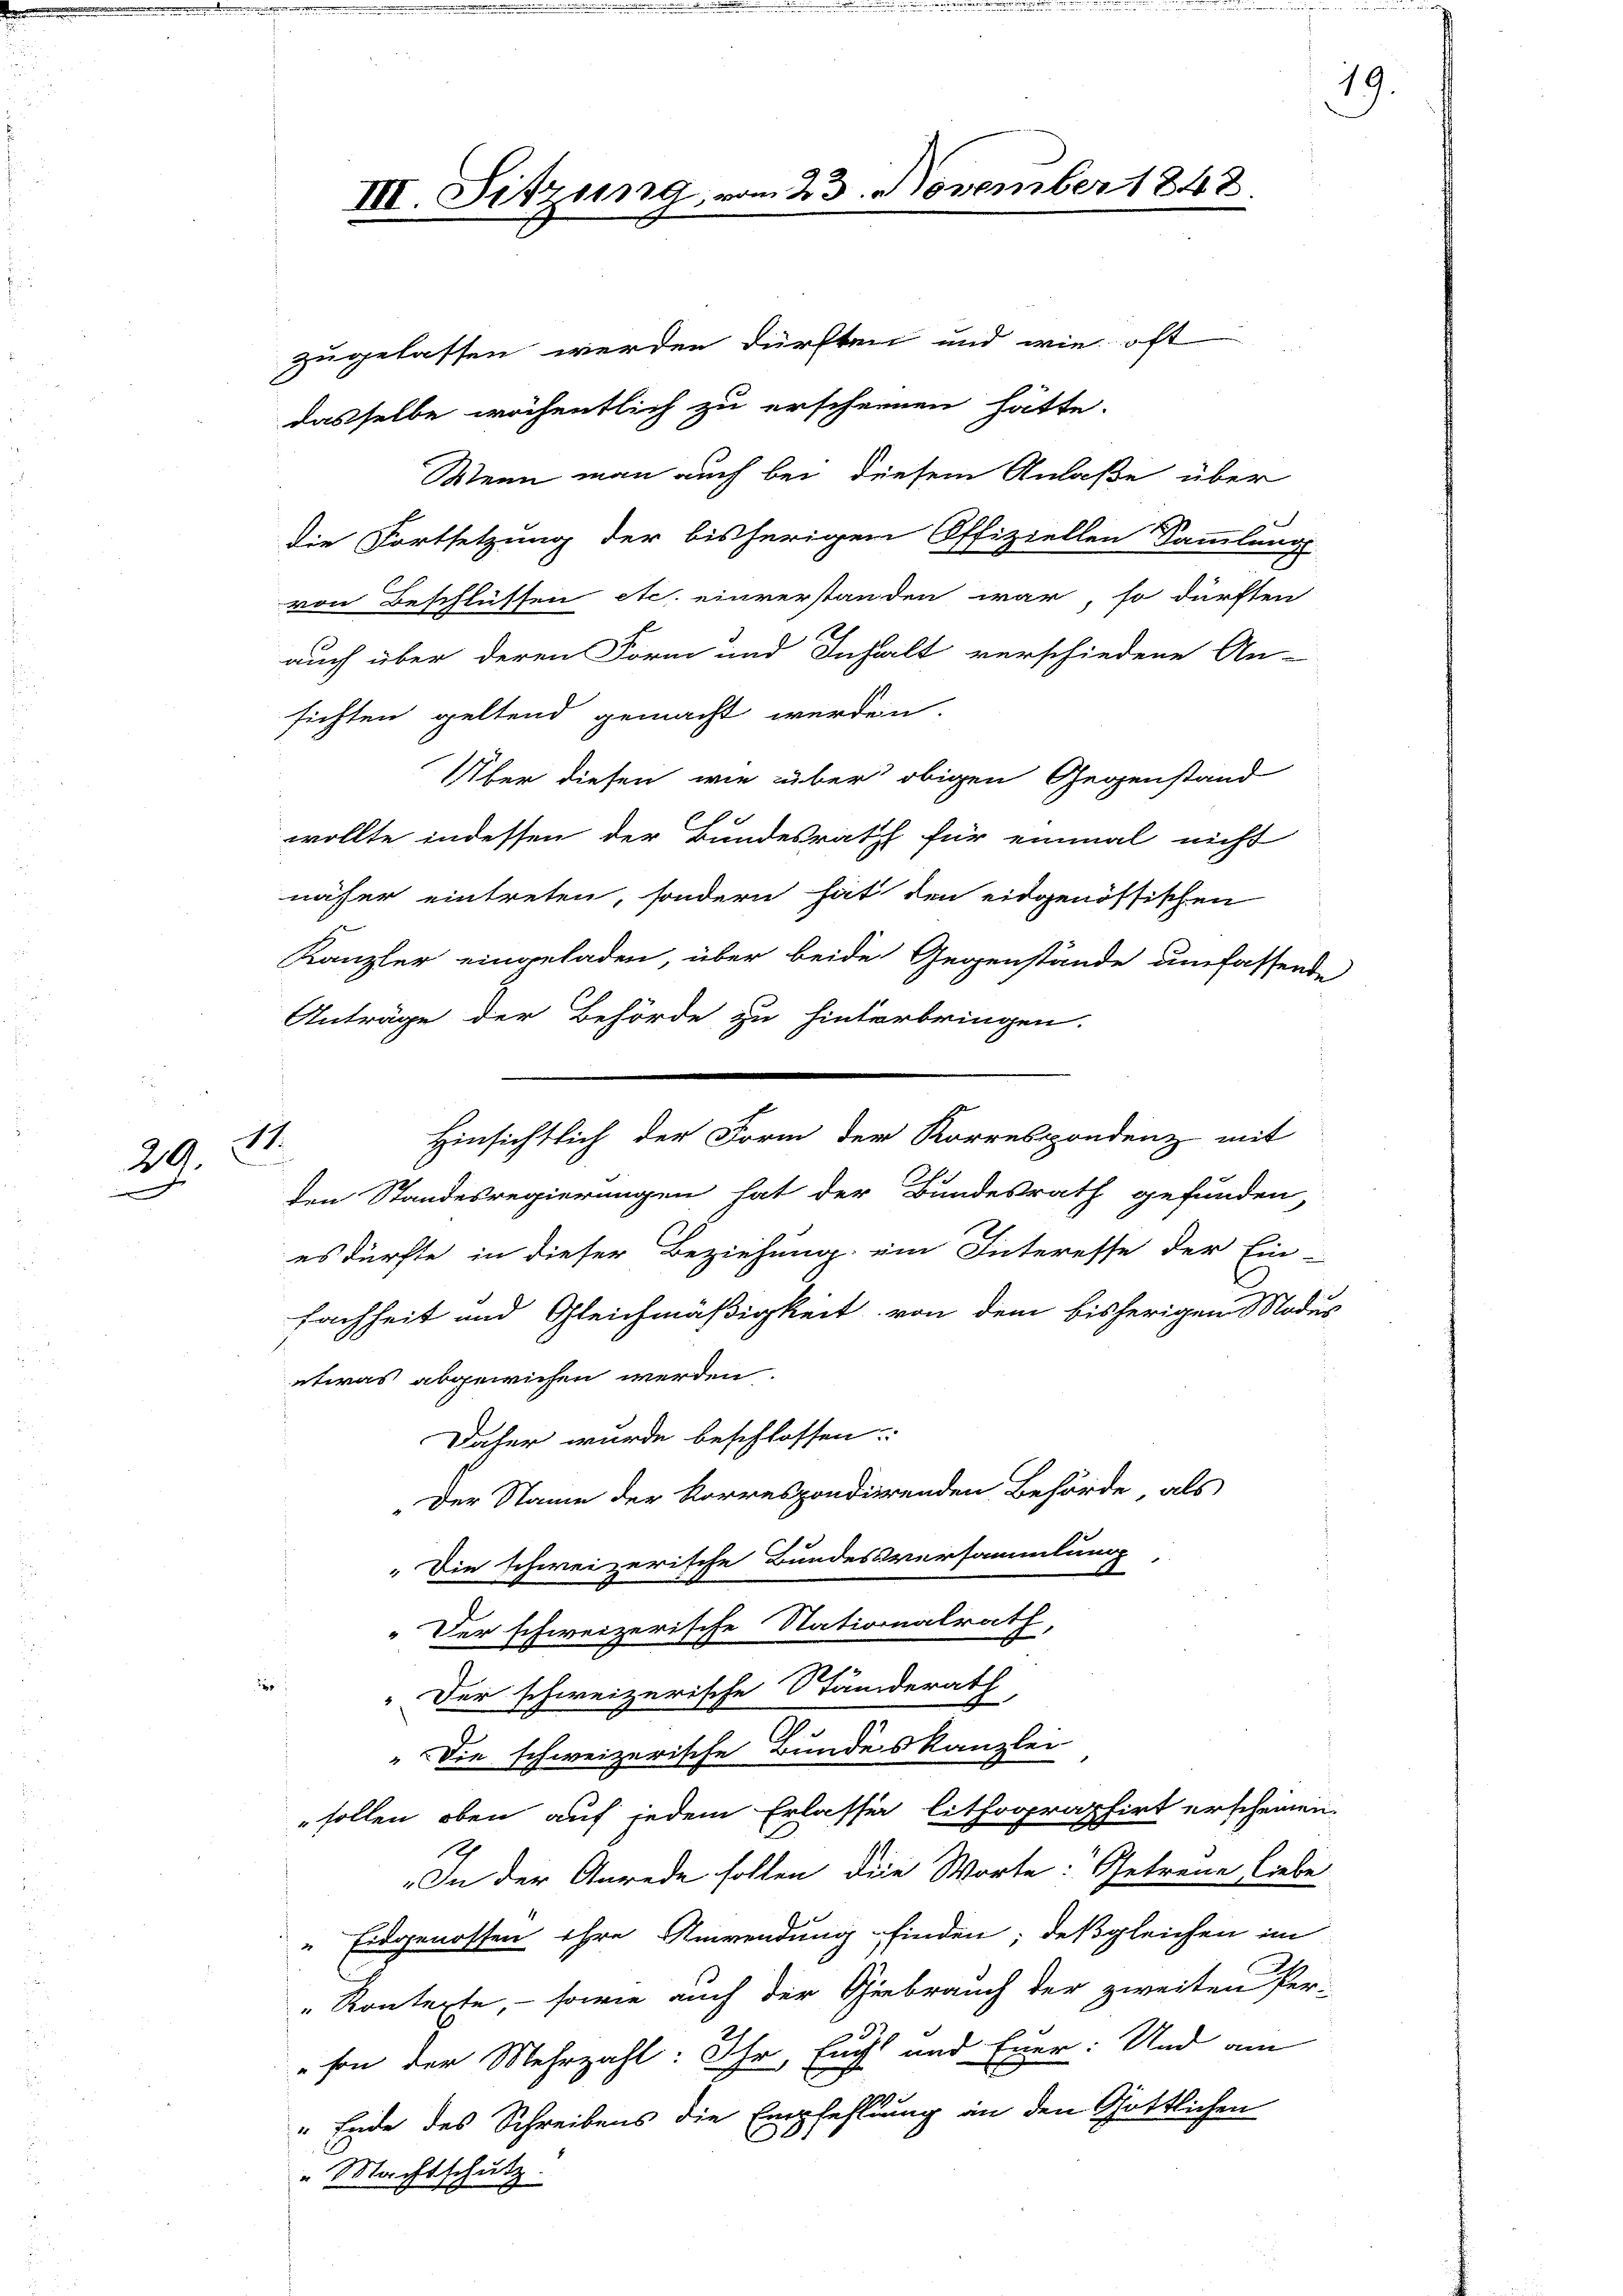
29.

zugelassen werden dürften und wie oft

14.

dasselbe wöchentlich zu erscheinen hätte.
Wenn man auch bei diesem Anlaße über
die Fortsetzung der bisherigen Offiziellen Sammlung
von Beschlüssen etc. einverstanden war, so dürften
auch über deren Form und Inhalt verschiedene An-
sichten geltend gemacht werden.
Über diesen wie über obigen Gegenstand
wollte indessen der Bundesrath für einmal nicht
näher eintreten, sondern hat den eidgenössischen
Kanzler eingeladen, über beide Gegenstände umfassende
Anträge der Behörde zu hinterbringen.
den Standesregierungen hat der Bundesrath gefunden,
es dürfte in dieser Beziehung ein Interesse der Ein-
fachheit und Gleichmäßigkeit von dem bisherigen Modus
etwas abgewichen werden.
Daher wurde beschlossen:
„Der Stamm der Korrespondierenden Behörde, als
" Die schweizerische Bundesversammlung
" Der schweizerische Nationalrath,
.
1
" Der schweizerische Standerath
"Die schweizerische Bundes Kanzlei
sollen oben auf jedem Erlasse lithographirt erscheinen.
18
In der Anrede sollen die Worte: Getreue liebe
" Eidgenossen ihre Anwendung finden; deßgleichen im
"Kontexte, – sowie auch der Gebrauch der zweiten Per-
"son der Mehrzahl: Ihr Euch und Euer: Und am
" Ende des Schreibens die Empfehlung in den Göttlichen
" Machtschutz.

III. Sitzung.

Hinsichtlich der Form der Korrespondenz mit

23. November 1848

19